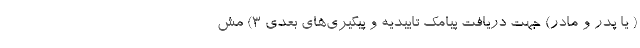
( یا پدر و مادر) جهت دریافت پیامک تاییدیه و پیگیری‌های بعدی ۳) مش